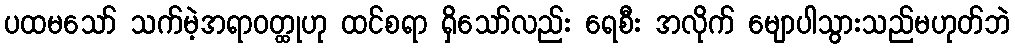
ပထမသော် သက်မဲ့အရာဝတ္ထုဟု ထင်စရာ ရှိသော်လည်း ရေစီး အလိုက် မျောပါသွားသည်မဟုတ်ဘဲ